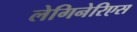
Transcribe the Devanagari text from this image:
लेगिनेरिएस